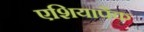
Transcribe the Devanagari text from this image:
एशियापैक